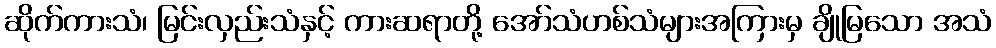
ဆိုက်ကားသံ၊ မြင်းလှည်းသံနှင့် ကားဆရာတို့ အော်သံဟစ်သံများအကြားမှ ချိုမြသော အသံ